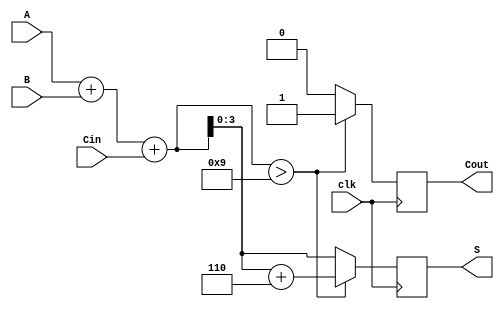
module BCD_Synchronous_Adder (
    input wire clk,          // Clock signal
    input wire [3:0] A,     // First BCD input
    input wire [3:0] B,     // Second BCD input
    input wire Cin,         // Carry input
    output reg [3:0] S,     // BCD sum output
    output reg Cout         // Carry output
);

    reg [4:0] sum;          // 5-bit sum to accommodate carry

    always @(posedge clk) begin
        // Step 1: Perform binary addition
        sum = A + B + Cin;

        // Step 2: Check if the sum exceeds 9
        if (sum > 9) begin
            // Step 3: Add correction factor (6)
            sum = sum + 5'b0110; // 6 in binary
            Cout = 1;             // Set carry out
        end else begin
            Cout = 0;             // No carry out
        end

        // Step 4: Assign the lower 4 bits to the output
        S = sum[3:0];
    end

endmodule